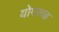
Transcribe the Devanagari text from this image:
योगरूढ